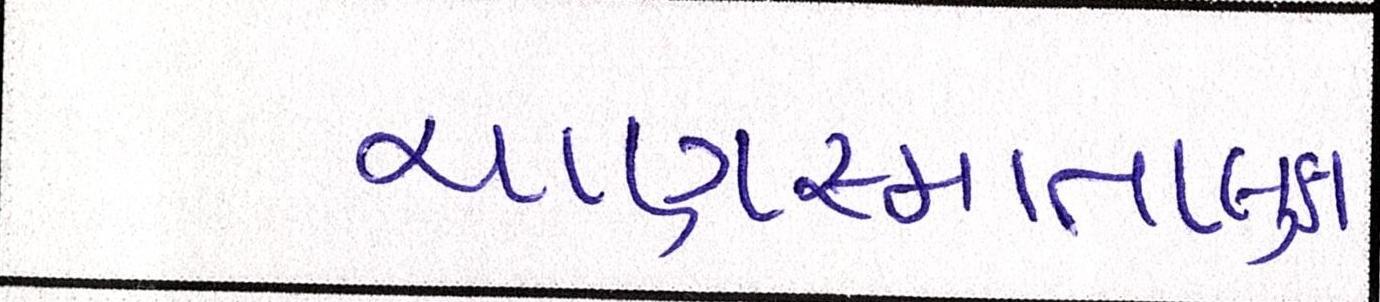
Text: ચાણસ્માતાલુકા